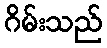
ဂိမ်းသည်